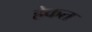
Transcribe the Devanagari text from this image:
हेकत